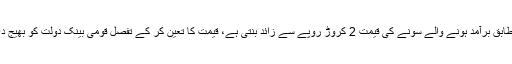
ذرائع کے مطابق برآمد ہونے والے سونے کی قیمت 2 کروڑ روپے سے زائد بنتی ہے، قیمت کا تعین کر کے تفصل قومی بینک دولت کو بھیج دی جائے گی۔